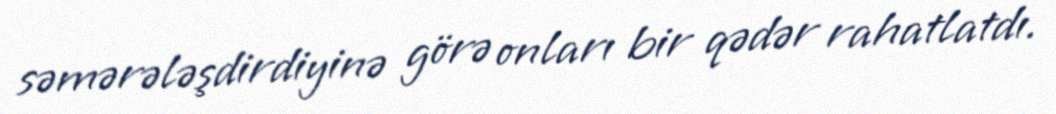
səmərələşdirdiyinə görə onları bir qədər rahatlatdı.